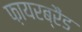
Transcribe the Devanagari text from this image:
फ़ायरब्रैंड